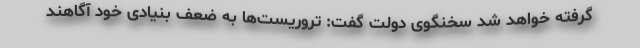
گرفته خواهد شد سخنگوی دولت گفت: تروریست‌ها به ضعف بنیادی خود آگاهند